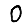
Digit: 0